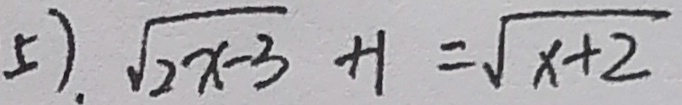
5 ) . \sqrt { 2 x - 3 } + 1 = \sqrt { x + 2 }